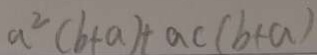
a ^ { 2 } ( b + a ) + a c ( b + a )